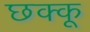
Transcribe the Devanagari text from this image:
छक्कू